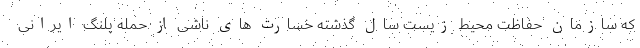
که سازمان حفاظت محیط زیست سال گذشته خسارت های ناشی از حمله پلنگ ایرانی